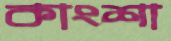
কাংশা